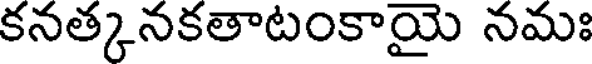
కనత్కనకతాటంకాయై నమః